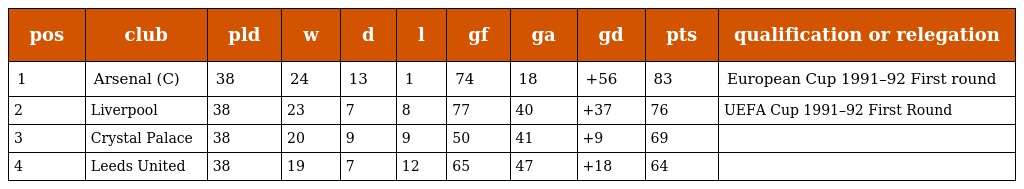
| pos | club | pld | w | d | l | gf | ga | gd | pts | qualification or relegation |
 | --- | --- | --- | --- | --- | --- | --- | --- | --- | --- | --- |
 | 1 | Arsenal (C) | 38 | 24 | 13 | 1 | 74 | 18 | +56 | 83 | European Cup 1991–92 First round |
 | 2 | Liverpool | 38 | 23 | 7 | 8 | 77 | 40 | +37 | 76 | UEFA Cup 1991–92 First Round |
 | 3 | Crystal Palace | 38 | 20 | 9 | 9 | 50 | 41 | +9 | 69 |  |
 | 4 | Leeds United | 38 | 19 | 7 | 12 | 65 | 47 | +18 | 64 |  |